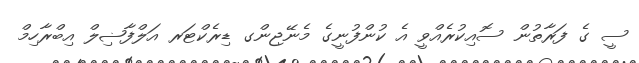
ސީ ގެ ފަރާތުން ސޮއިކުރެއްވީ އެ ކުންފުނީގެ މެނޭޖިންގ ޑިރެކްޓަރ އަލްފާޟިލް އިބްރާހިމް